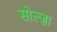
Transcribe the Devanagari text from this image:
सोल्ज़ा